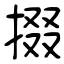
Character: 掇